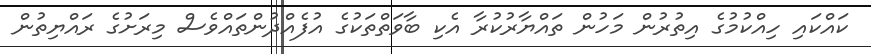
ކައްކައި ހިއްކުމުގެ އިތުރުން މަހުން ތައްޔާރުކުރާ އެކި ބާވަތްތަކުގެ އުފެއްދުންތައްވެސް މިރަށުގެ ރައްޔިތުން